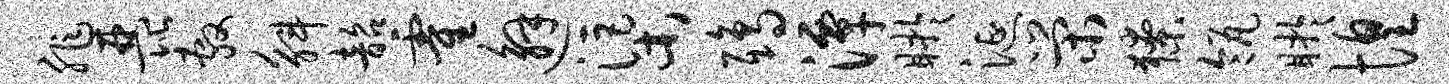
非琵敷斛韶霍邂渠鸱潭盱涎荣獠瓴盱惶